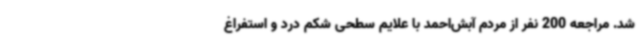
شد. مراجعه 200 نفر از مردم آبش‌احمد با علایم سطحی شکم درد و استفراغ